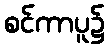
စင်ကာပူ၌